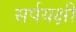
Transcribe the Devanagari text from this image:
सर्पयक्षी